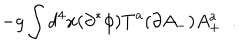
LaTeX: - g \int d ^ { 4 } x ( \partial ^ { * } \phi ) T ^ { a } ( \partial A _ { - } ) A _ { + } ^ { a } \; \; .